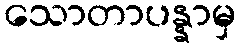
သောတာပန္နာမှ